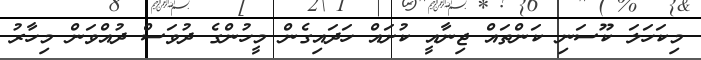
މިކަހަލަ ކޫސަނި ކަންތައް ޖިނާއީ ކުށައް ހަދައިގެން މީހުންގެ ދުވަސް ދުއްވަން މިހާރު